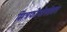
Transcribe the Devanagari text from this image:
मित्रफौजेसोबत